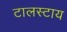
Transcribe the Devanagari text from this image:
टालस्‍टाय